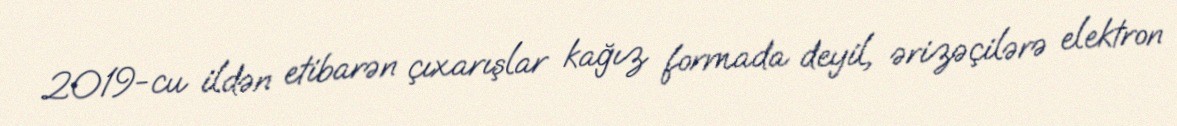
2019-cu ildən etibarən çıxarışlar kağız formada deyil, ərizəçilərə elektron